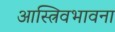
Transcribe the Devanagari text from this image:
आस्त्रिवभावना